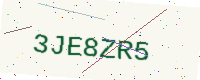
Text: 3JE8ZR5